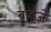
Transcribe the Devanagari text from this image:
वाइज़े